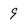
Character: 9